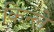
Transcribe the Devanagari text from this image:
किन्ले